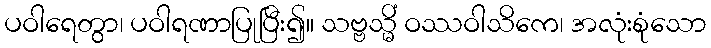
ပဝါရေတွာ၊ ပဝါရဏာပြုပြီး၍။ သဗ္ဗသ္မိံ ဝဿဝါသိကေ၊ အလုံးစုံသော